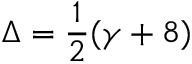
\Delta = \frac { 1 } { 2 } ( \gamma + 8 )